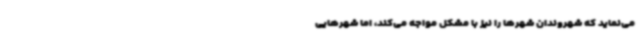
می‌نماید که شهروندان شهرها را نیز با مشکل مواجه می‌کند، اما شهرهایی